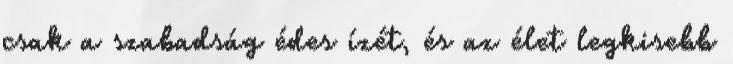
csak a szabadság édes ízét, és az élet legkisebb